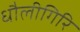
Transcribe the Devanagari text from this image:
धौलीगिरि